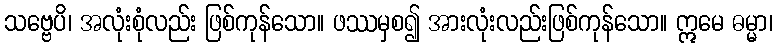
သဗ္ဗေပိ၊ အလုံးစုံလည်း ဖြစ်ကုန်သော။ ဖဿမှစ၍ အားလုံးလည်းဖြစ်ကုန်သော။ ဣမေ ဓမ္မာ၊